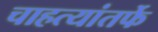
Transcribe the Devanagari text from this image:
चाहत्यांतर्फे